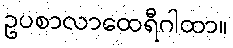
ဥပစာလာထေရီဂါထာ။